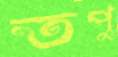
তপু